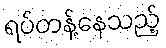
ရပ်တန့်နေသည့်